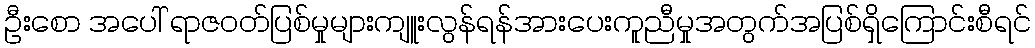
ဦးစော အပေါ် ရာဇဝတ်ပြစ်မှုများကျူးလွန်ရန်အားပေးကူညီမှုအတွက်အပြစ်ရှိကြောင်းစီရင်